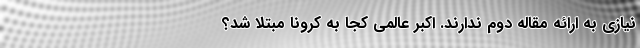
نیازی به ارائه مقاله دوم ندارند. اکبر عالمی کجا به کرونا مبتلا شد؟